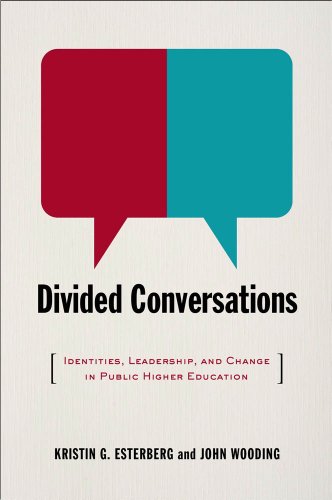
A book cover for Divided Conversations: Identities, Leadership, and Change in Public Higher Education; Kristin G. Esterberg; Education & Teaching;